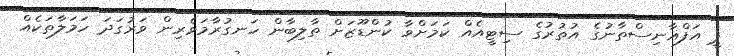
ޕީ އަފްޣާނިސްތާނުގެ އުތުރުގެ ސިޓީއެއް ކަމަށްވާ ކުންޑޫޒަށް ތާލިބާން ހަނގުރާމަވެރިން ވަރުގަދަ ހަމަލާތަކެއް